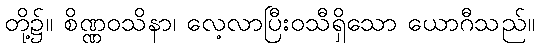
တို့၌။ စိဏ္ဏဝသိနာ၊ လေ့လာပြီးဝသီရှိသော ယောဂီသည်။